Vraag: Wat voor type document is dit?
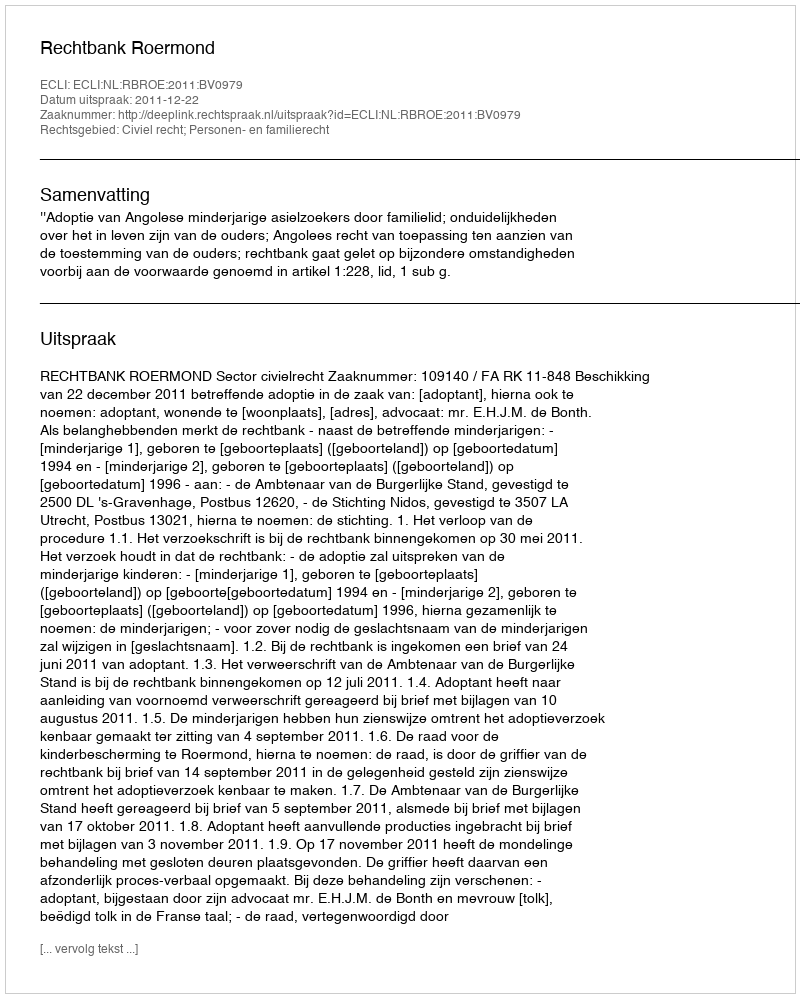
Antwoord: Uitspraak